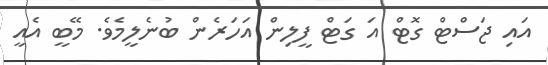
އައި ޖަސްޓް ގޮޓް އަ ގަޓް ފީލިން އަހަރެން ބުނެލީމެވެ. މޭބީ އެއީ